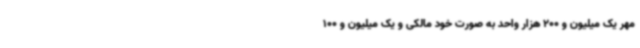
مهر یک میلیون و 200 هزار واحد به صورت خود مالکی و یک میلیون و 100